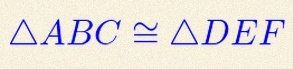
\triangle ABC\cong\triangle DEF